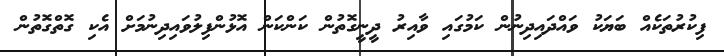
ފިކުރުތަކެއް ބަޔަކު ވައްދައިދިނުން ކަމުގައި ވާއިރު ދީނީގޮތުން ކަންކަން އޮޅުންފިލުވައިދިނުމަށް އެކި ގޮތްގޮތުން